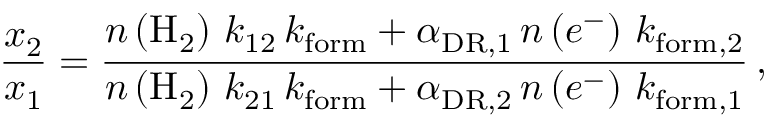
\frac { x _ { 2 } } { x _ { 1 } } = \frac { n \left( \mathrm { H } _ { 2 } \right) \, k _ { 1 2 } \, k _ { \mathrm { f o r m } } + \alpha _ { \mathrm { D R } , 1 } \, n \left( e ^ { - } \right) \, k _ { \mathrm { f o r m } , 2 } } { n \left( \mathrm { H } _ { 2 } \right) \, k _ { 2 1 } \, k _ { \mathrm { f o r m } } + \alpha _ { \mathrm { D R } , 2 } \, n \left( e ^ { - } \right) \, k _ { \mathrm { f o r m } , 1 } } \, ,